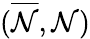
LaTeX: (\overline{{\cal N}},{\cal N})